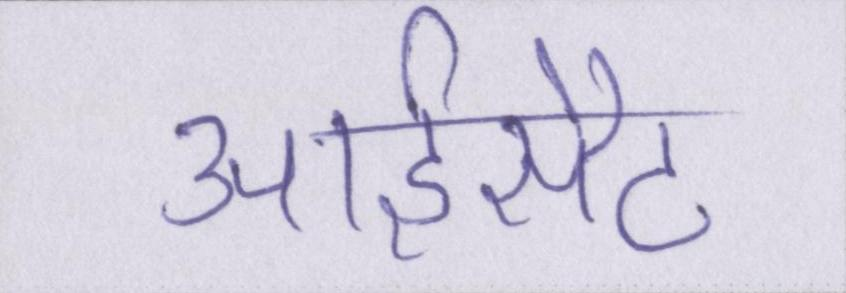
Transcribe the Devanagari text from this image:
आईसैट